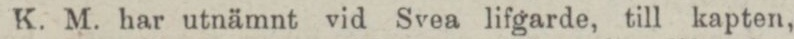
K. M. har utnämnt vid Svea lifgarde, till kapten,